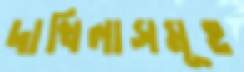
দাখিলাসমূহ